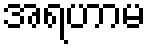
အရဟာမ